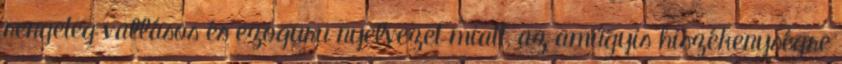
rengeteg vallásos és ezoguru nyelvezet miatt, az amúgyis hiszékenységre